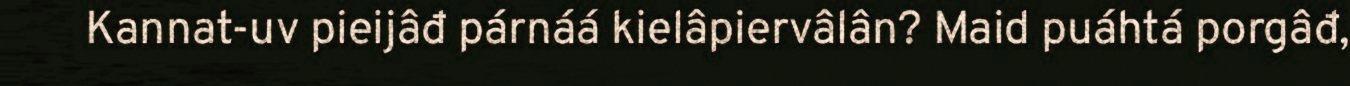
Kannat-uv pieijâđ párnáá kielâpiervâlân? Maid puáhtá porgâđ,